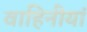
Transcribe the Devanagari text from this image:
वाहिनीयां